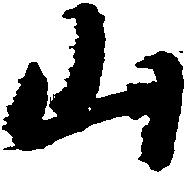
山